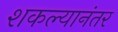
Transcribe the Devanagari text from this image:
शकल्यानंतर